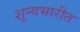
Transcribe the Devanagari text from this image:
शून्यभारीत